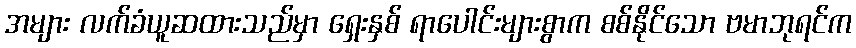
အများ လက်ခံယူဆထားသည်မှာ ရှေးနှစ် ရာပေါင်းများစွာက စစ်နိုင်သော ဗမာဘုရင်က